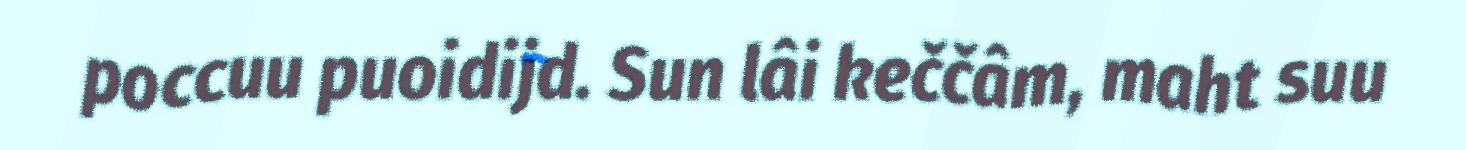
poccuu puoidijd. Sun lâi keččâm, maht suu